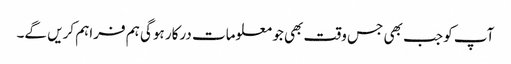
آپ کو جب بھی جس وقت بھی جو معلومات درکار ہوگی ہم فراہم کریں گے۔